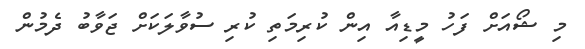
މި ޝޯއަށް ފަހު މީޑިއާ އިން ކުރިމަތި ކުރި ސުވާލަކަށް ޖަވާބު ދެމުން